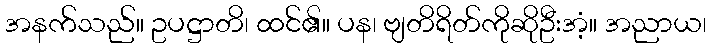
အနက်သည်။ ဥပဋ္ဌာတိ၊ ထင်၏။ ပန၊ ဗျတိရိတ်ကိုဆိုဦးအံ့။ အညာယ၊